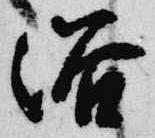
浴